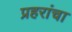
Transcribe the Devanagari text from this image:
प्रहरांचा